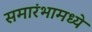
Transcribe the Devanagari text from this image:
समारंभामध्ये